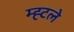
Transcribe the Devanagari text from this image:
म्ह्टले